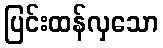
ပြင်းထန်လှသော